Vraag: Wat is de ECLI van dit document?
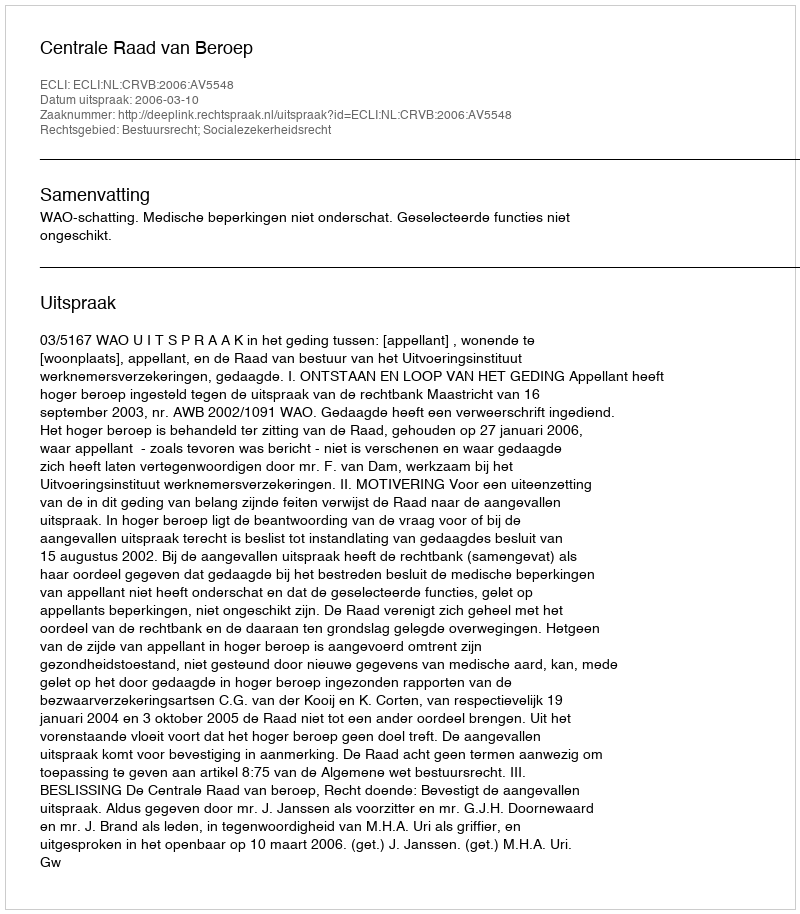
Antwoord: ECLI:NL:CRVB:2006:AV5548